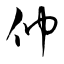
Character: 仲